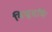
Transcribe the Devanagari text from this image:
विद्युदभि